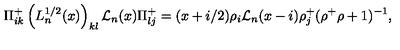
\Pi _ { i k } ^ { + } \left( L _ { n } ^ { 1 / 2 } ( x ) \right) _ { k l } { \cal L } _ { n } ( x ) \Pi _ { l j } ^ { + } = ( x + i / 2 ) \rho _ { i } { \cal L } _ { n } ( x - i ) \rho _ { j } ^ { + } ( \rho ^ { + } \rho + 1 ) ^ { - 1 } ,